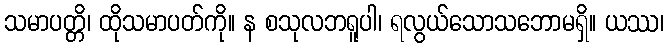
သမာပတ္တိ၊ ထိုသမာပတ်ကို။ န စသုလဘရူပါ၊ ရလွယ်သောသဘောမရှိ။ ယဿ၊